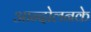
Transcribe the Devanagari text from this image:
आन्दोलनके